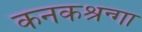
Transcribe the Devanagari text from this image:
कनकश्रन्गा